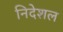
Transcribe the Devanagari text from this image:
निदेशल